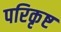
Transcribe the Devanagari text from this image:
परिकृष्ट